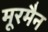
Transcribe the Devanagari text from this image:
मूरमैन